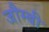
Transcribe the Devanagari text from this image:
जौम्बी